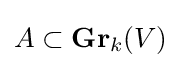
A\subset \mathbf {Gr} _{k}(V)